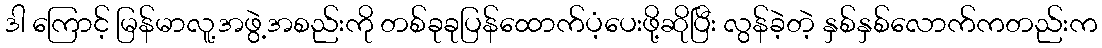
ဒါ ကြောင့် မြန်မာလူ့အဖွဲ့အစည်းကို တစ်ခုခုပြန်ထောက်ပံ့ပေးဖို့ဆိုပြီး လွန်ခဲ့တဲ့ နှစ်နှစ်လောက်ကတည်းက